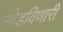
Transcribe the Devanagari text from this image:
सोडविणारी